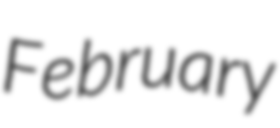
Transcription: February